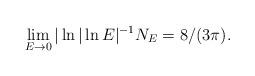
LaTeX: \begin{align*}\lim_{E\to 0} |\ln|\ln E|^{-1} N_E = 8/(3\pi) . \end{align*}